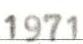
1971